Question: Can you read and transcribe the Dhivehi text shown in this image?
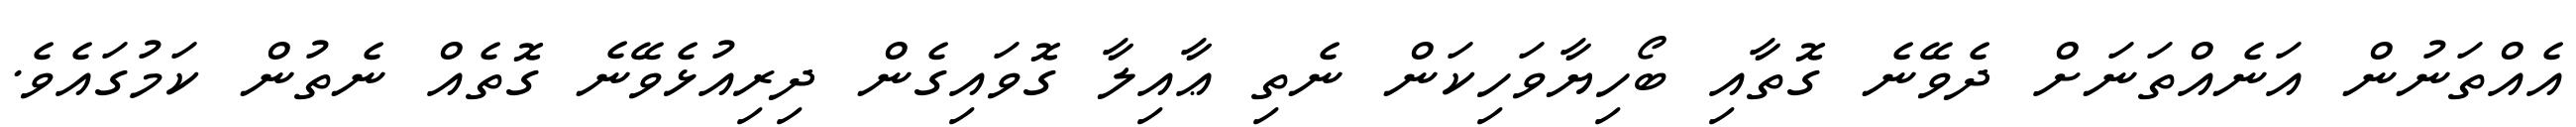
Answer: އެއްތަނުން އަނެއްތަނަށް ދެވޭނެ ގޮތާއި ބޯހިޔާވަހިކަން ނެތި ޢާއިލާ ގޮވައިގެން ދިރިއުޅެވޭނެ ގޮތެއް ނެތުން ކަމުގައެވެ.